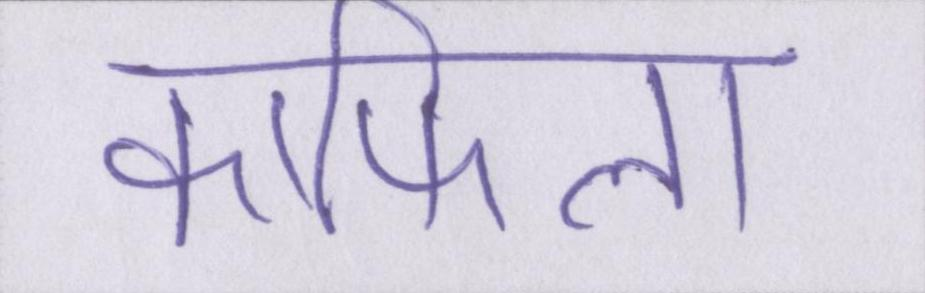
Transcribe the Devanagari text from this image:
काफिला